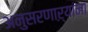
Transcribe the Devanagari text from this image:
अनुसरणाऱ्यांना